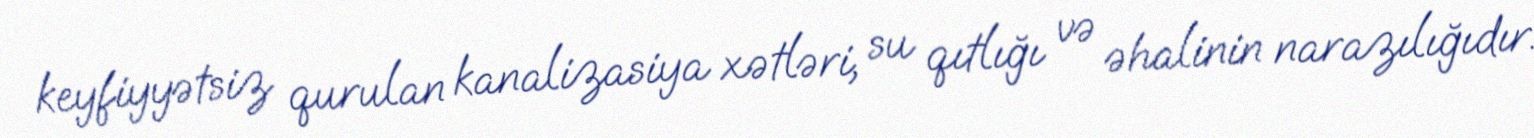
keyfiyyətsiz qurulan kanalizasiya xətləri, su qıtlığı və əhalinin narazılığıdır.